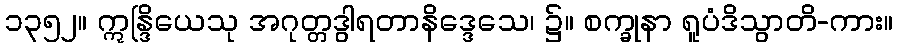
၁၃၅၂။ ဣန္ဒြိယေသု အဂုတ္တဒွါရတာနိဒ္ဒေသေ၊ ၌။ စက္ခုနာ ရူပံဒိသွာတိ-ကား။